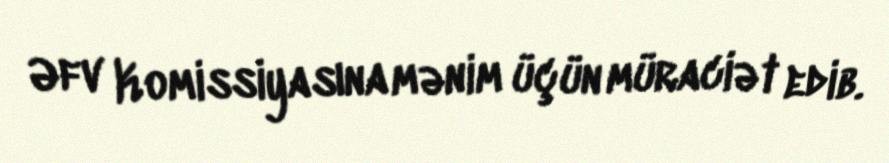
Əfv Komissiyasına mənim üçün müraciət edib.